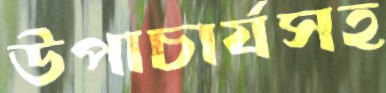
উপাচার্যসহ